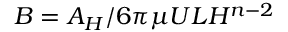
B = A _ { H } / 6 \pi \mu U L H ^ { n - 2 }